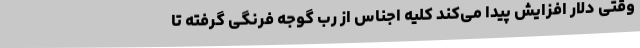
وقتی دلار افزایش پیدا می‌کند کلیه اجناس از رب گوجه فرنگی گرفته تا